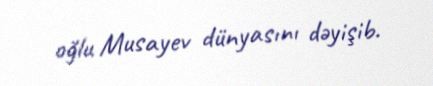
oğlu Musayev dünyasını dəyişib.